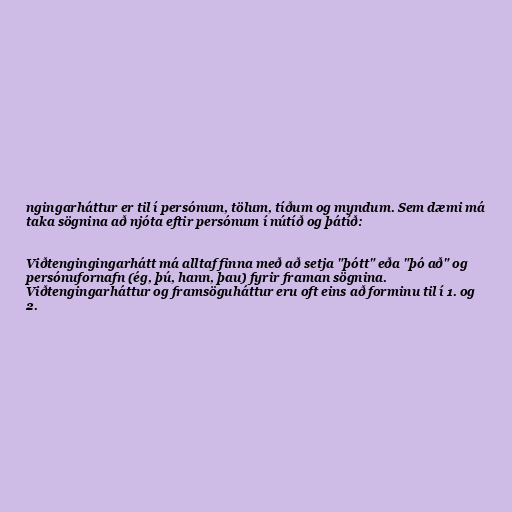
ngingarháttur er til í persónum, tölum, tíðum og myndum. Sem dæmi má
taka sögnina að njóta eftir persónum í nútíð og þátíð:

Viðtengingingarhátt má alltaf finna með að setja "þótt" eða "þó að" og
persónufornafn (ég, þú, hann, þau) fyrir framan sögnina.
Viðtengingarháttur og framsöguháttur eru oft eins að forminu til í 1. og
2.